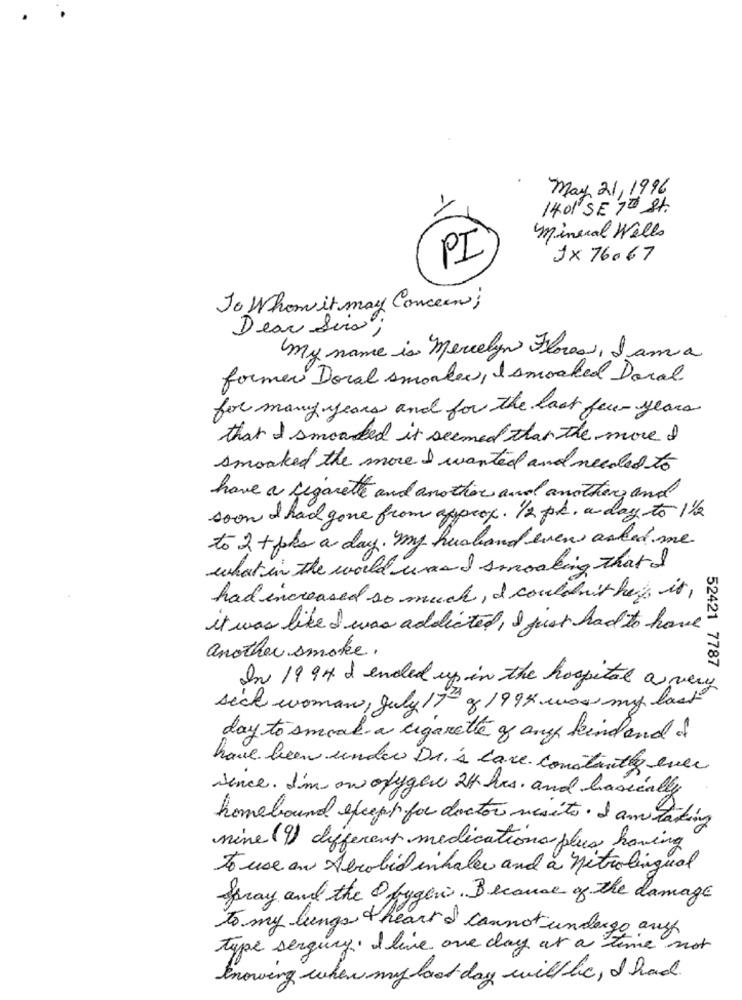
may 21,1996
1401 SE 7th St.
Minual Wells
PI
JX 76067
To Whom it may Concern;
Dear Sina;
My name is Mercelyn Flores, Jana
former Doral smonkey, & smoked Doral
for many years and for the last few years
that I smoked it seemed than the more I
smoked the more I wanted and needed to
have a cigarette and another and another, and
soon I had gone from approx . 1/2 pk. a day to 1/2
to 2 + boks a day. my husband even asked me
what in the world unand smocking that I
had increased so much , I couldn't hay is ,
it was like I was addicted, I just had to have
another smoke.
52421 7787
In 1994 & ended up in the hospital a very
sech woman, July 17- 1999 was my las
day to smoak a cigarette of any kind and of
have been under Dr.'s cave. constantly ever
since. I'm on ofyger 24 hrs. and basically
homebound except for doctor vesits. I am a
nine (9) different medications plus having
to use an Abrabid inhales and a nitrolingual
Spray and the O bygen. Because of the damage
to my lungs theart I cannot undergo aus
type serguay . I live one day at a time not
knowing when my last day will lic, I had.